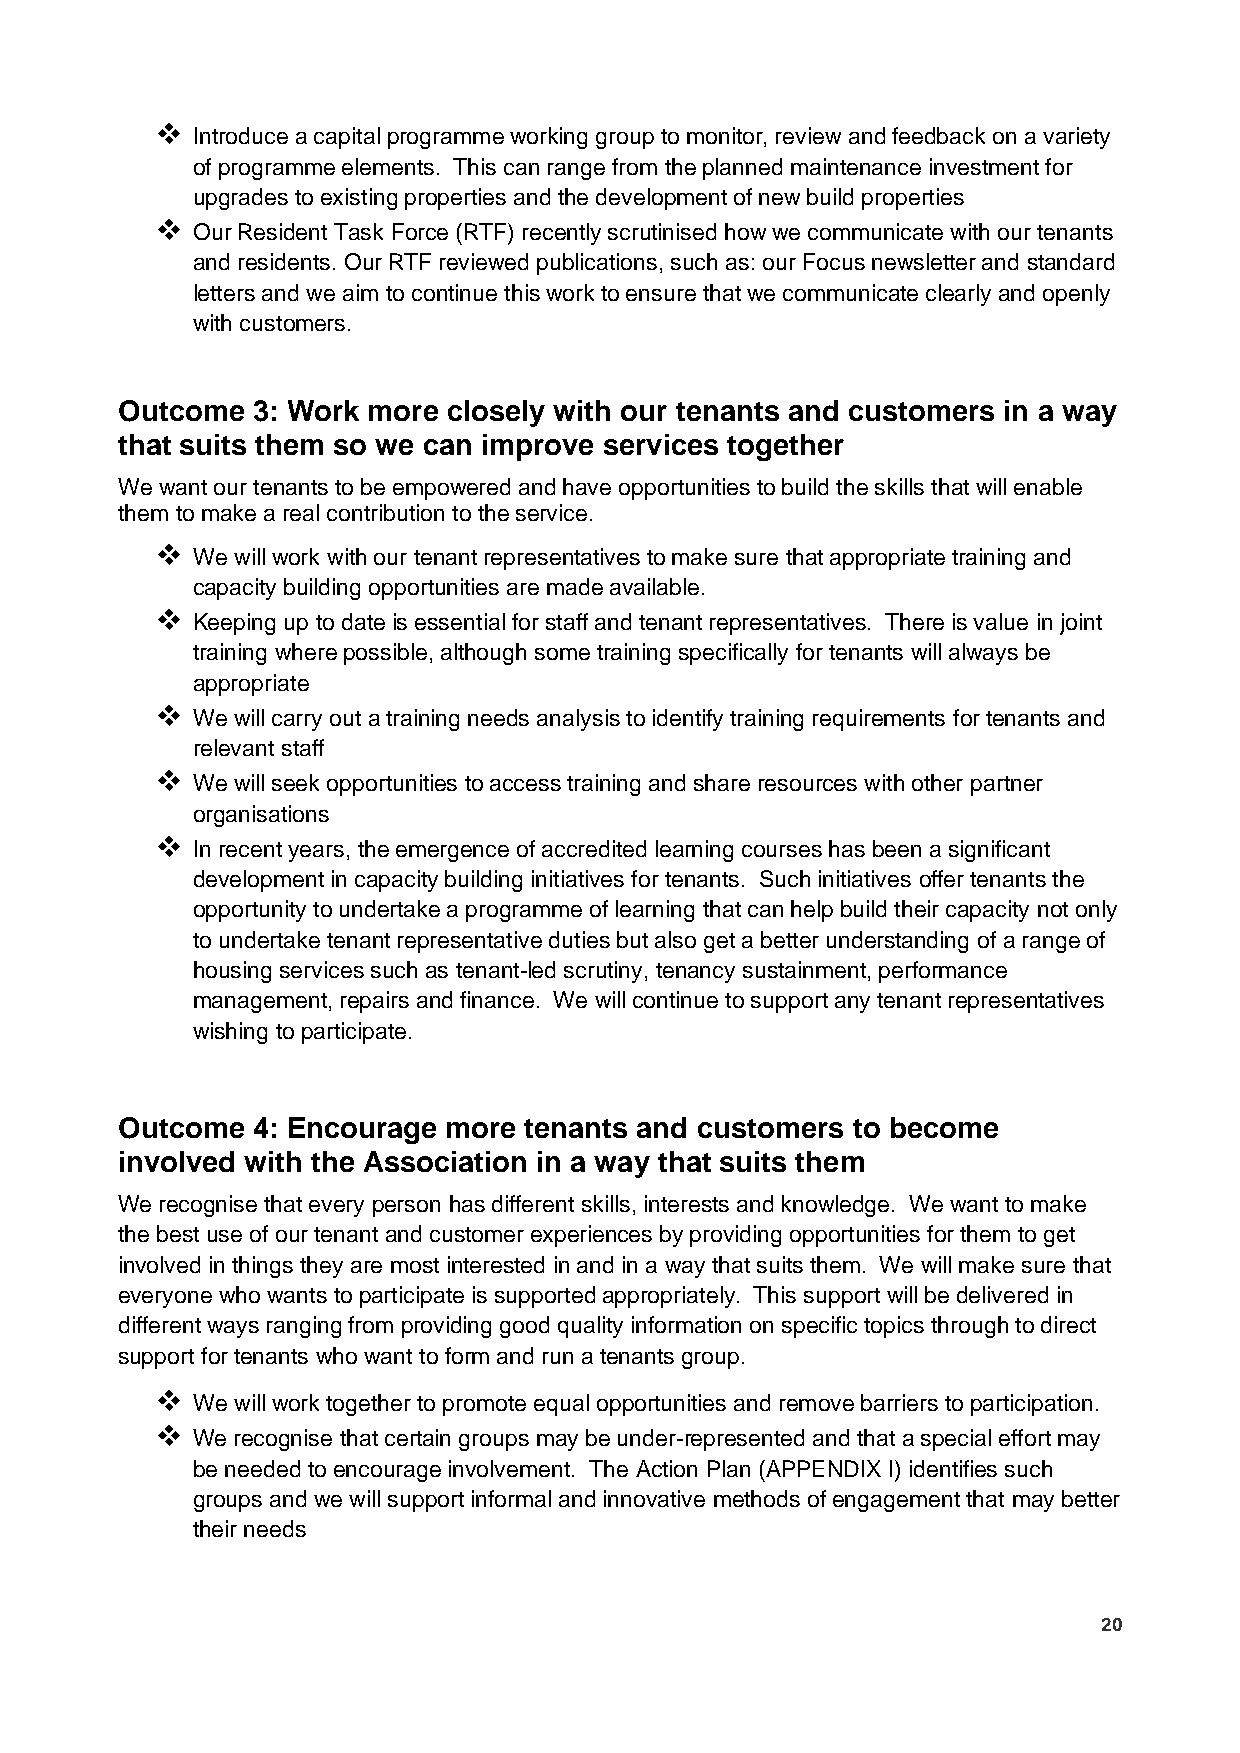
❖  Introduce a capital programme working group to monitor, review and feedback on a variety
 of programme elements. This can range from the planned maintenance investment for
 upgrades to existing properties and the development of new build properties
 ❖  Our Resident Task Force (RTF) recently scrutinised how we communicate with our tenants
 and residents. Our RTF reviewed publications, such as: our Focus newsletter and standard
 letters and we aim to continue this work to ensure that we communicate clearly and openly
 with customers.
 Outcome  3: Work more closely with our tenants and customers in a way
 that suits them so we can improve services together
 We want our tenants to be empowered and have opportunities to build the skills that will enable
 them to make a real contribution to the service.
 ❖  We will work with our tenant representatives to make sure that appropriate training and
 capacity building opportunities are made available.
 ❖  Keeping up to date is essential for staff and tenant representatives. There is value in joint
 training where possible, although some training specifically for tenants will always be
 appropriate
 ❖  We will carry out a training needs analysis to identify training requirements for tenants and
 relevant staff
 ❖  We will seek opportunities to access training and share resources with other partner
 organisations
 ❖  In recent years, the emergence of accredited learning courses has been a significant
 development in capacity building initiatives for tenants. Such initiatives offer tenants the
 opportunity to undertake a programme of learning that can help build their capacity not only
 to undertake tenant representative duties but also get a better understanding of a range of
 housing services such as tenant-led scrutiny, tenancy sustainment, performance
 management, repairs and finance. We will continue to support any tenant representatives
 wishing to participate.
 Outcome  4: Encourage more tenants and customers to become
 involved with the Association in a way that suits them
 We recognise that every person has different skills, interests and knowledge. We want to make
 the best use of our tenant and customer experiences by providing opportunities for them to get
 involved in things they are most interested in and in a way that suits them. We will make sure that
 everyone who wants to participate is supported appropriately. This support will be delivered in
 different ways ranging from providing good quality information on specific topics through to direct
 support for tenants who want to form and run a tenants group.
 ❖  We will work together to promote equal opportunities and remove barriers to participation.
 ❖  We recognise that certain groups may be under-represented and that a special effort may
 be needed to encourage involvement. The Action Plan (APPENDIX I) identifies such
 groups and we will support informal and innovative methods of engagement that may better
 their needs
 20